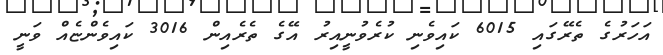
އަހަރުގެ ތެރޭގައި 6015 ކައިވެނި ކުރެވުނީއިރު އޭގެ ތެރެއިން 3016 ކައިވެންޏެއް ވަނީ